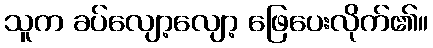
သူက ခပ်လျော့လျော့ ဖြေပေးလိုက်၏။